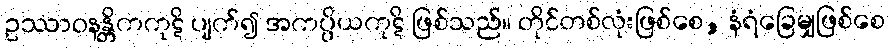
ဥဿာဝနန္တိကကုဋိ ပျက်၍ အကပ္ပိယကုဋိ ဖြစ်သည်။ တိုင်တစ်လုံးဖြစ်စေ, နံရံခြေမျှဖြစ်စေ